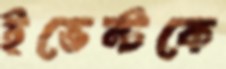
ইভেন্টকে